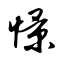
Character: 憬